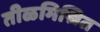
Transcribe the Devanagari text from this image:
तीळमिश्रित